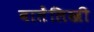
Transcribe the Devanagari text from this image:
बातेंलिखी